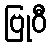
ဗြုဝီ